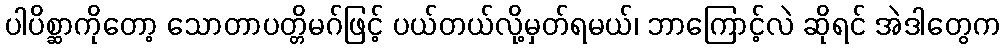
ပါပိစ္ဆာကိုတော့ သောတာပတ္တိမဂ်ဖြင့် ပယ်တယ်လို့မှတ်ရမယ်၊ ဘာကြောင့်လဲ ဆိုရင် အဲဒါတွေက